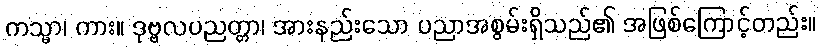
ကသ္မာ၊ ကား။ ဒုဗ္ဗလပညတ္တာ၊ အားနည်းသော ပညာအစွမ်းရှိသည်၏ အဖြစ်ကြောင့်တည်း။